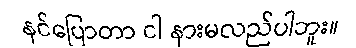
နင်ပြောတာ ငါ နားမလည်ပါဘူး။